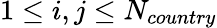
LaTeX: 1\leq i,j\leq N_{country}